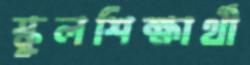
স্কুলশিক্ষার্থী